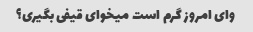
وای امروز گرم است میخوای قیفی بگیری؟